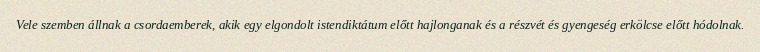
Vele szemben állnak a csordaemberek, akik egy elgondolt istendiktátum előtt hajlonganak és a részvét és gyengeség erkölcse előtt hódolnak.